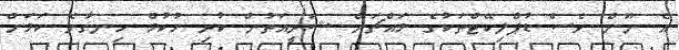
އެ ނޫން ވެސް ޑުޕްލިކޭޓްތަކުގެ މައްޗަށް ޝަރީއަތުން ކުރި ހުކުމް ހިނގާނެ ކަމަށް